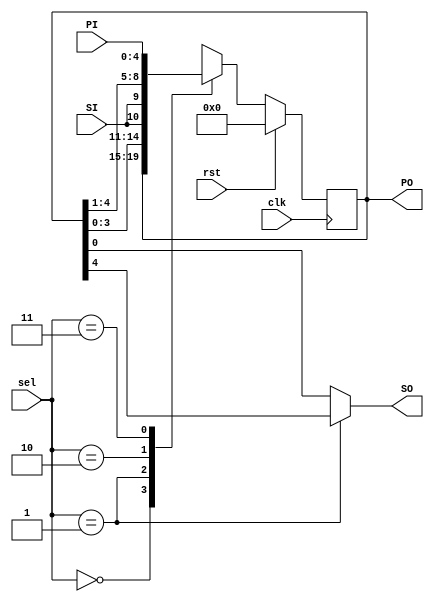
`timescale 1ns / 1ps
//////////////////////////////////////////////////////////////////////////////////
// Company: 
// Engineer: 
// 
// Design Name: 
// Module Name: universalshiftregister5
// Project Name: 
// Target Devices: 
// Tool Versions: 
// Description: 
// 
// Dependencies: 
// 
// Revision:
// Revision 0.01 - File Created
// Additional Comments:
// 
//////////////////////////////////////////////////////////////////////////////////


module universalshiftregister5(PO,SO,PI,sel,clk,rst,SI);
	input [1:0] sel;
	input [4:0] PI;
	input  clk, rst,SI;
	output reg[4:0] PO; 
	output SO;
	
	always@(posedge clk)
	if (rst) 
		PO <= 5'd0;
	else begin case(sel)
	
			2'b00 : PO <= PO;
			2'b01 : PO <= {PO[3:0],SI};
			2'b10 : PO <= {SI,PO[4:1]};
			2'b11 : PO <= PI;  
			default : PO <= 0;
	
		endcase
		end
	assign SO = (sel == 2'b01) ? PO[4] : PO[0] ;

	
endmodule